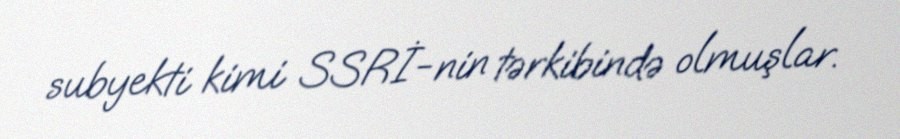
subyekti kimi SSRİ-nin tərkibində olmuşlar.